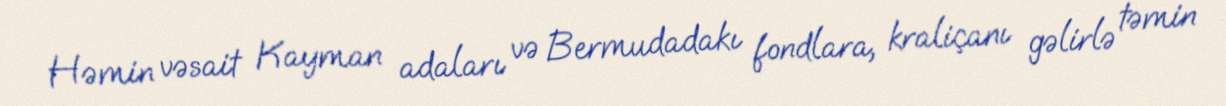
Həmin vəsait Kayman adaları və Bermudadakı fondlara, kraliçanı gəlirlə təmin